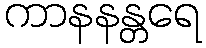
ကာနနန္တရေ